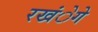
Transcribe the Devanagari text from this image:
रखंेगे